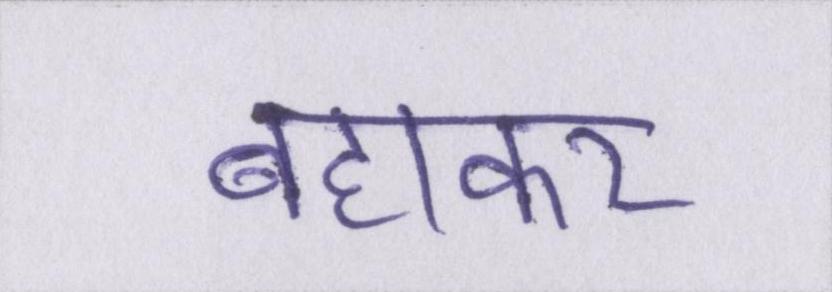
बहाकर